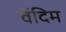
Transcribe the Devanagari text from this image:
वॅदिम